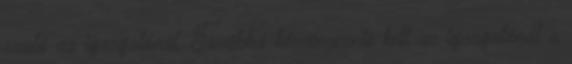
szülő az igazgatónál. Továbbá kérvényeznie kell az igazgatónál a